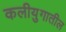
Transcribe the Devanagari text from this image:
कलीयुगातील